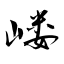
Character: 嵝